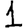
Digit: 1